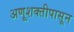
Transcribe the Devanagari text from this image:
अणूशक्तीपासून